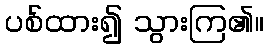
ပစ်ထား၍ သွားကြ၏။